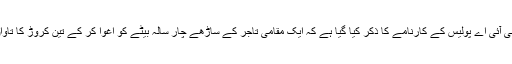
جبکہ ہمارے سامنے دس مارچ 2015 کا اخبار نیوز موجود ہے، جس میں سی آئی اے پولیس کے کارنامے کا ذکر کیا گیا ہے کہ ایک مقامی تاجر کے ساڑھے چار سالہ بیٹے کو اغوا کر کے تین کروڑ کا تاوان مانگا گیا تھا مگر پولیس نے اس سلسلے میں تین افراد کو گرفتار کر لیا ہے۔